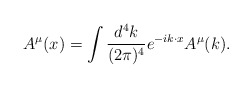
\begin{align*}{ A^\mu}(x)=\int{d^4k\over(2\pi)^4}e^{-ik\cdot x}{ A^\mu}(k).\end{align*}